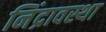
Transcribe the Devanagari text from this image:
निंद्रावस्था